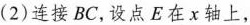
(2)连接BC，设点E在x轴上，